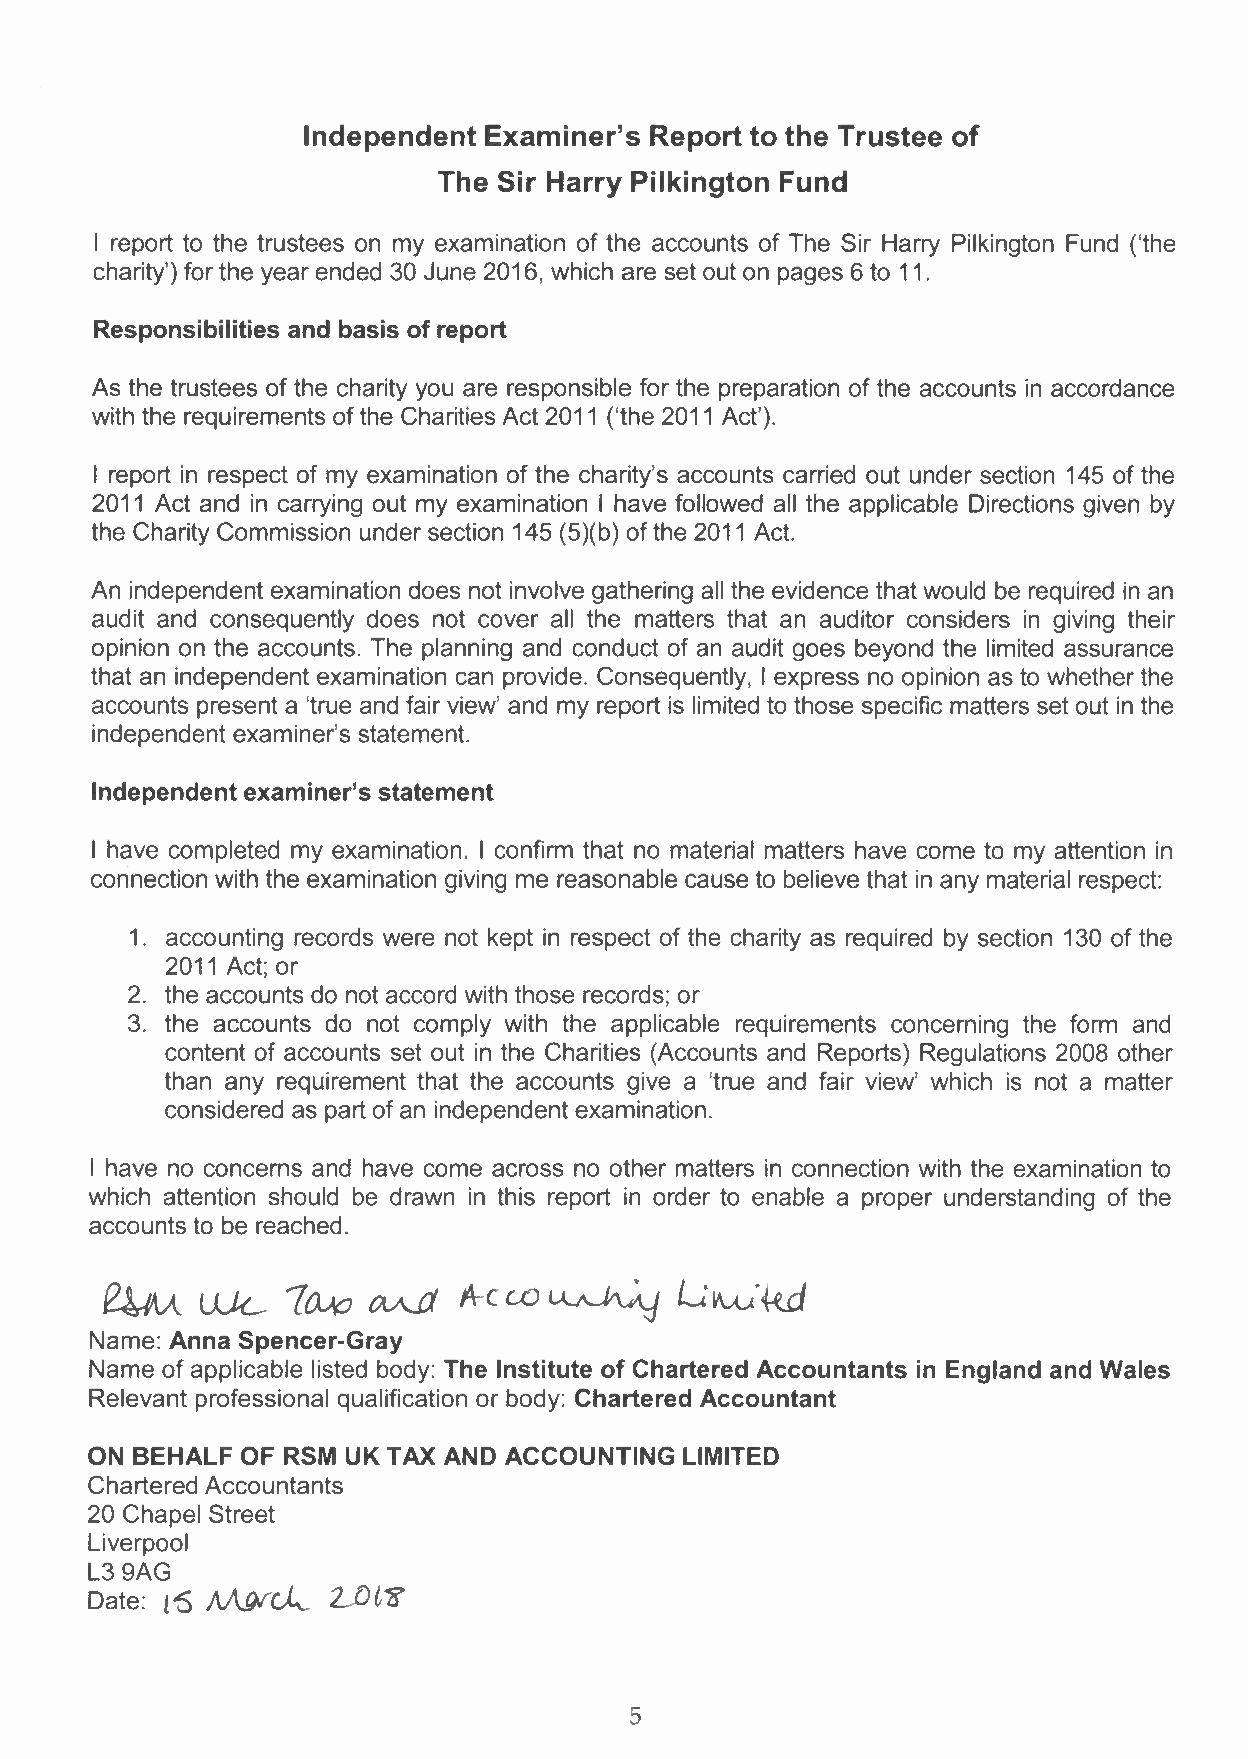
Independent Examiner's Report to the Trustee of
 The Sir Harry Pilkington Fund
 I report to the trustees on my examination of the accounts of The Sir Harry Pilkington Fund ('the
 charity') for the year ended 30 June 2016, which are set out on pages 6 to 11.
 Responsibilities and basis of report
 As the trustees of the charity you are responsible for the preparation of the accounts in accordance
 with the requirements of the Charities Act 2011 ('the 2011 Act'),
 I report in respect of my examination of the charity's accounts carried out under section 145 of the
 2011 Act and in carrying out my examination I have followed all the applicable Directions given by
 the Charity Commission under section 145 (5)(b) of the 2011 Act.
 An independent examination does not involve gathering all the evidence that would be required in an
 audit and consequently does not cover all the matters that an auditor considers in giving their
 opinion on the accounts. The planning and conduct of an audit goes beyond the limited assurance
 that an independent examination can provide. Consequently, I express no opinion as to whether the
 accounts present a 'true and fair view' and my report is limited to those specific matters set out in the
 independent examiner's statement.
 Independent examiner's statement
 I have completed my examination. I confirm that no material matters have come to my attention in
 connection with the examination giving me reasonable cause to believe that in any material respect:
 1. accounting records were not kept in respect of the charity as required by section 130 of the
 2011 Act; or
 2. the accounts do not accord with those records; or
 3. the accounts do not comply with the applicable requirements concerning the form and
 content of accounts set out in the Charities (Accounts and Reports) Regulations 2008 other
 than any requirement that the accounts give a 'true and fair view' which is not a matter
 considered as part of an independent examination.
 I have no concerns and have come across no other matters in connection with the examination to
 which attention should be drawn in this report in order to enable a proper understanding of the
 accounts to be reached.
 ~     iuc.  7CUc                      L~'kd
 CV\..{j A-CW~
 Name: Anna Spencer-Gray
 Name of applicable listed body: The Institute of Chartered Accountants in England and Wales
 Relevant professional qualification or body: Chartered Accountant
 ON BEHALF OF RSM UK TAX AND ACCOUNTING LIMITED
 Chartered Accountants
 20 Chapel Street
 Liverpool
 L39AG
 Date: l'S AÂ.!)ích... LJ)l1f
 5